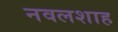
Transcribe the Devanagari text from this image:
नवलशाह